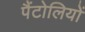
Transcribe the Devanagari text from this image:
पैंटोलियों